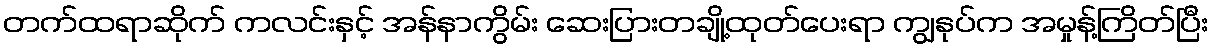
တက်ထရာဆိုက် ကလင်းနှင့် အန်နာကွိမ်း ဆေးပြားတချို့ထုတ်ပေးရာ ကျွနုပ်က အမှုန့်ကြိတ်ပြီး